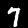
Label: 7